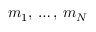
\displaystyle m _ { 1 } , \, \ldots , \, m _ { N }